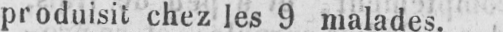
produisit chez les 9 malades.